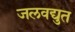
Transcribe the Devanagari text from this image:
जलवद्युत